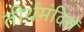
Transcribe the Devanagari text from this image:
तीर्थमंदिरों